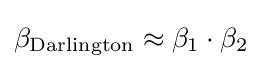
\beta _{\mathrm {Darlington} }\approx \beta _{1}\cdot \beta _{2}